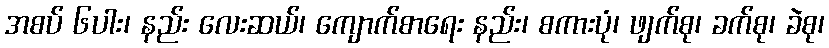
အစပ် ၆ပါး၊ နည်း လေးဆယ်၊ ကျောက်စာရေး နည်း၊ စကားပုံ၊ ဖျက်စု၊ ခက်စု၊ ခဲစု၊